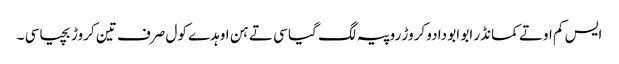
ایس کم اوتے کمانڈر ابو ابو دا دو کروڑ روپیہ لگ گیا سی تے ہن اوہدے کول صرف تین کروڑ بچیا سی ۔